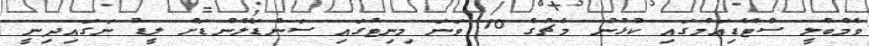
ވެމްބްލީ ސްޓޭޑިއަމްގައި ކުޅުނު މެޗުގެ 10 ވަނަ މިނިޓުގައި ސަންޑަލޭންޑަށް ލީޑު ނަގައިދިނީ